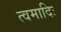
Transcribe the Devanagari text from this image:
त्वमादिः